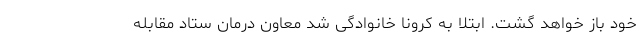
خود باز خواهد گشت. ابتلا به کرونا خانوادگی شد معاون درمان ستاد مقابله